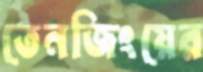
তেনজিংয়ের